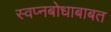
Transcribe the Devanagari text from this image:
स्वप्नबोधाबाबत